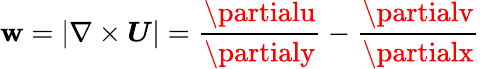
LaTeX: \mathbf{w}=|\nabla\times\boldsymbol{U}|=\frac{{\partialu}}{{\partialy}}-\frac{{\partialv}}{{\partialx}}